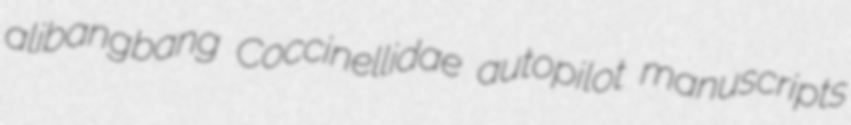
alibangbang Coccinellidae autopilot manuscripts